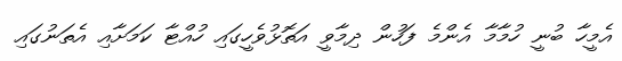
އެމީހާ ބުނީ ހުމާމާ އެންމެ ފަހުން ދިމާވީ އަތޮޅުވެހީގައި ހުއްޓާ ކަމަށާއި އެތަނުގައި